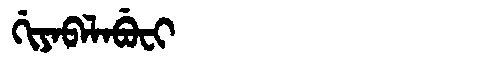
Manchu: ᡤᡳᠶᠠᠪᠠᠯᠠᠪᡠᠸᡳ
Romanization: GIYABALABUFI